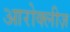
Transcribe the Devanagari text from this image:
आरोक्लीज़